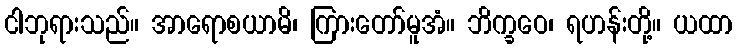
ငါဘုရားသည်။ အာရောစယာမိ၊ ကြားတော်မူအံ။ ဘိက္ခဝေ၊ ရဟန်းတို့။ ယထာ